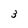
Character: 3